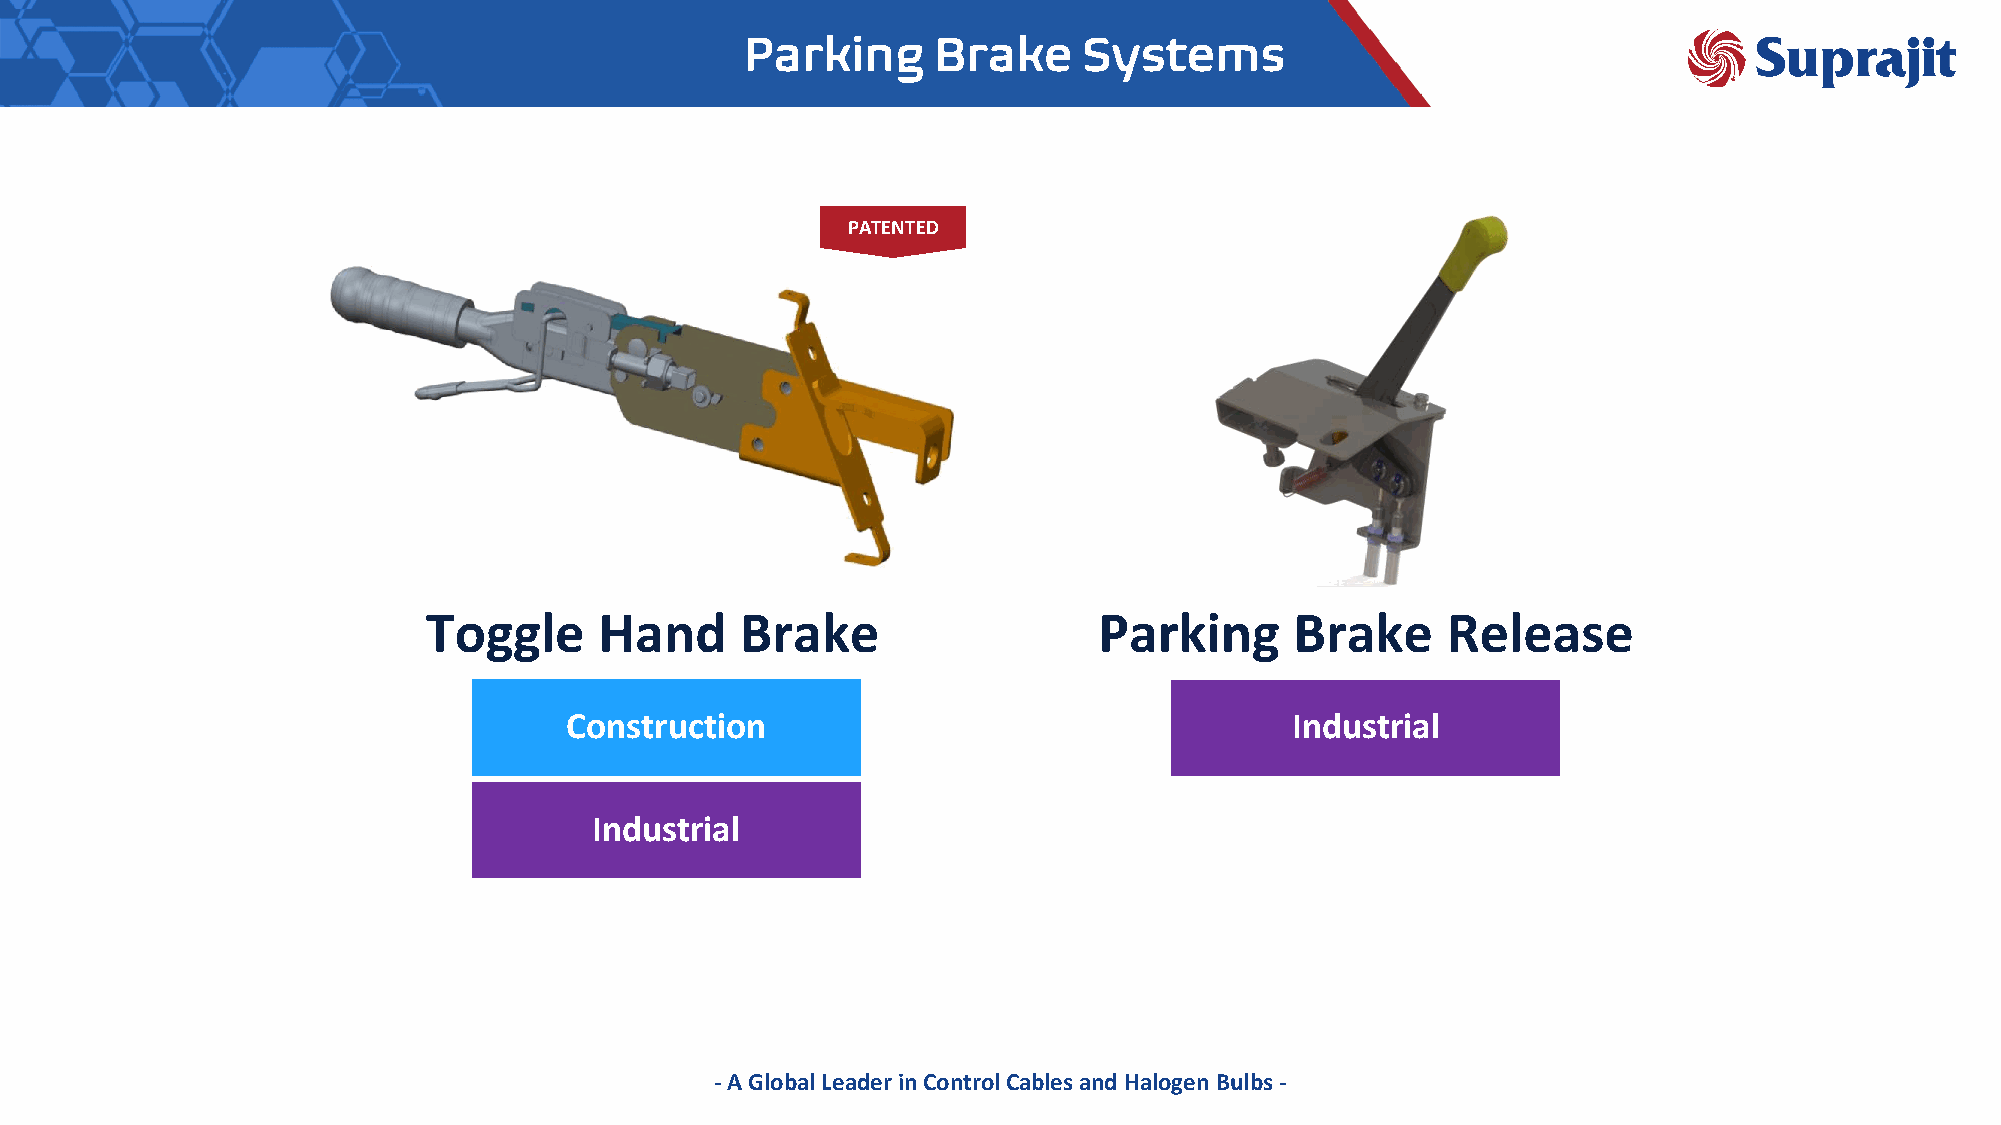
Parking      Brake     Systems
 PATENTED
 Toggle      Hand     Brake                   Parking      Brake     Release
 Construction                                    Industrial
 Industrial
 -A Global Leader in Control Cables and Halogen Bulbs -